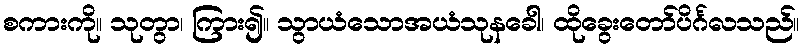
စကားကို။ သုတွာ၊ ကြား၍။ သွာယံသောအယံသုနခေါ၊ ထိုခွေးတော်ပိင်္ဂလသည်။